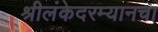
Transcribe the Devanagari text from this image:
श्रीलंकेदरम्यानचा